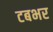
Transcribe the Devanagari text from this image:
टबभर